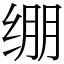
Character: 绷